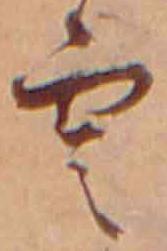
雲